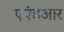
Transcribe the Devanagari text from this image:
एएंडआर